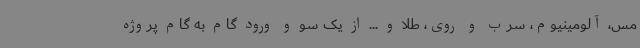
مس، آلومینیوم، سرب و روی، طلا و ... از یک سو و ورود گام به گام پروژه